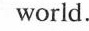
world.